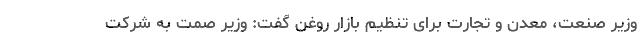
وزیر صنعت، معدن و تجارت برای تنظیم بازار روغن گفت: وزیر صمت به شرکت